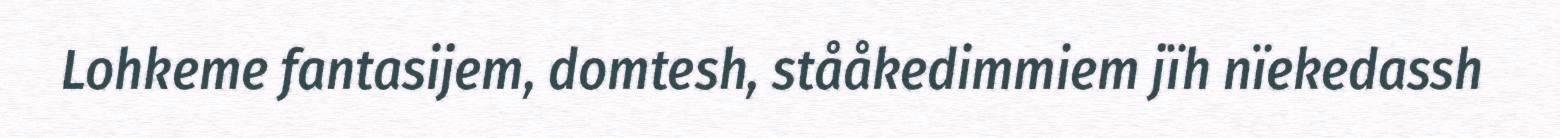
Lohkeme fantasijem, domtesh, stååkedimmiem jïh nïekedassh